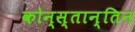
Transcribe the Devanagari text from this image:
कोन्स्तान्तिन